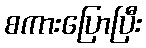
စကားပြောပြီး